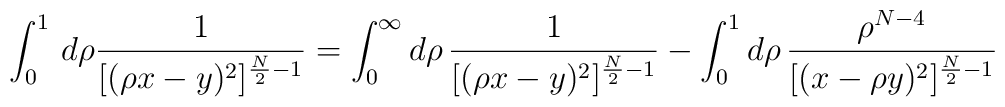
\int_0^1 \, d\rho \frac{1}{[(\rho x - y)^2]^{\frac{N}{2}-1}} =  \int_0^\infty d\rho \, \frac{1}{[(\rho x - y)^2]^{\frac{N}{2}-1}} -  \int_0^1 d\rho \, \frac{\rho^{N-4}}{[(x - \rho y)^2]^{\frac{N}{2}-1}}